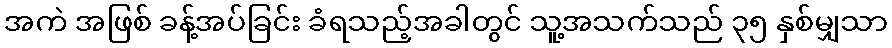
အကဲ အဖြစ် ခန့်အပ်ခြင်း ခံရသည့်အခါတွင် သူ့အသက်သည် ၃၅ နှစ်မျှသာ